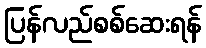
ပြန်လည်စစ်ဆေးရန်